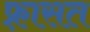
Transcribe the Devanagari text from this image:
फ़्रासत